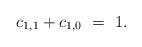
LaTeX: \begin{align*}c_{1,1}+c_{1,0} ~=~ 1.\end{align*}